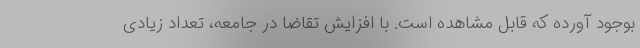
بوجود آورده که قابل مشاهده است. با افزایش تقاضا در جامعه، تعداد زیادی